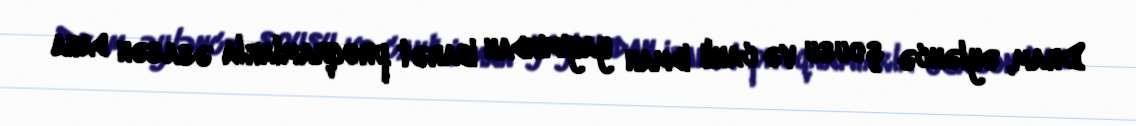
Dram, əyləncə şousu və canlı idman yayımından ibarət proqramlarla əsasən daha